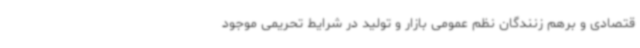
قتصادی و برهم زنندگان نظم عمومی بازار و تولید در شرایط تحریمی موجود